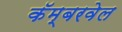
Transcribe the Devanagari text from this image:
कॅम्बरवेल